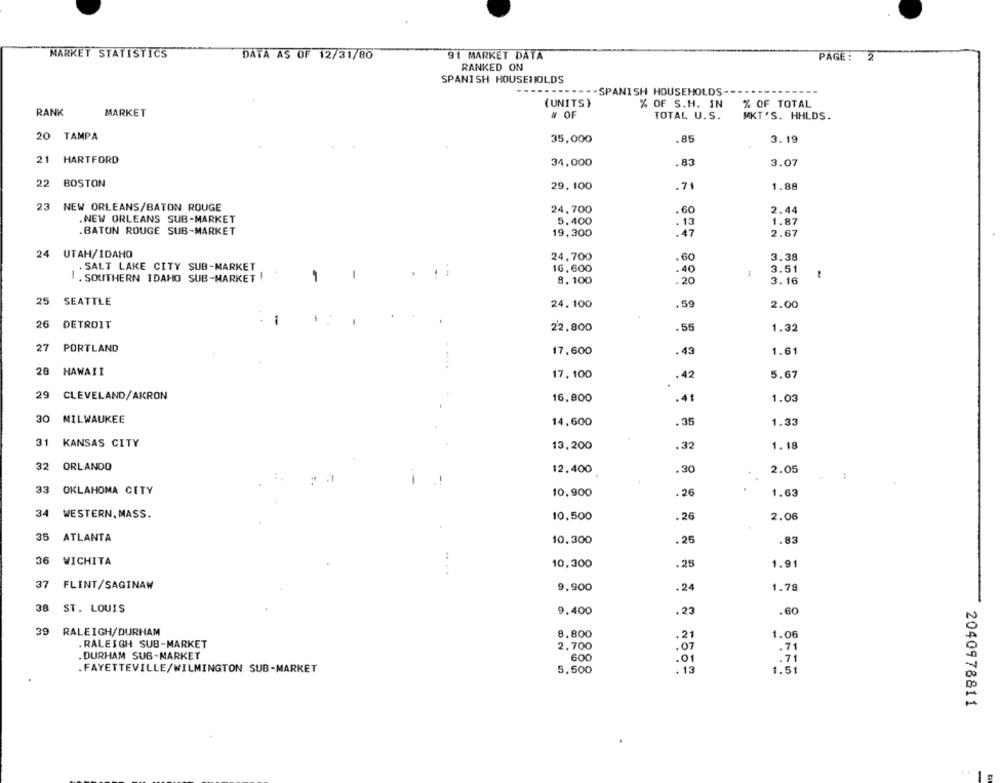
MARKET STATISTICS
DATA AS OF 12/31/80
91 MARKET DATA
PAGE: 2
RANKED ON
SPANISH HOUSEHOLDS
.......--- SPANISH HOUSEHOLDS-
(UNITS}
% OF S.H. IN
% OF TOTAL
RANK
MARKET
# OF
TOTAL U.S.
MKT'S. HHLDS.
20 TAMPA
35,000
.85
3.19
21 HARTFORD
34,000
.83
3.07
22
BOSTON
29,100
.71
1.88
23
NEW ORLEANS/BATON ROUGE
24,700
.60
2.44
NEW ORLEANS SUB-MARKET
5,400
. 13
1.87
.BATON ROUGE SUB-MARKET
19,300
: 47
2.67
24 UTAH/IDAHO
24,700
.60
3.38
. SALT LAKE CITY SUB-MARKET
16,600
.40
3.51
. SOUTHERN IDAHO SUB-MARKET !
1
1
8,100
. 20
3.16
25 SEATTLE
24.100
.59
2.00
26 DETROIT
22,800
1.32
27
PORTLAND
17,600
.43
1.61
....
28
HAWAII
17,100
.42
5.67
29
CLEVELAND/AKRON
16,800
.41
1.03
30 MILWAUKEE
14,600
.35
1.33
31 KANSAS CITY
13,200
.32
1.18
32 ORLANDO
12,400
.30
2.05
33 OKLAHOMA CITY
10,900
. 26
1.63
34 WESTERN, MASS.
10,500
.26
2.06
35 ATLANTA
10.300
. 25
.83
36
WICHITA
10,300
.25
1.91
.. ..
37
FLINT/SAGINAW
9,900
.24
1.78
38 ST. LOUIS
9.400
.23
.60
39 RALEIGH/DURHAM
8.800
.21
1.06
RALEIGH SUB-MARKET
2.700
.07
.71
.DURHAM SUB-MARKET
600
.01
. 71
. FAYETTEVILLE/WILMINGTON SUB-MARKET
5,500
. 13
1.51
2040978811